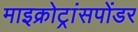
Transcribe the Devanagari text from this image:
माइक्रोट्रांसपोंडर